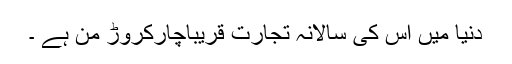
دنیا میں اس کی سالانہ تجارت قریباًچارکروڑ من ہے ۔